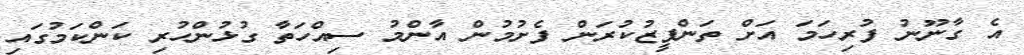
އެ ގާނޫނު ފުރިހަމަ އަށް ތަންފީޒުކުރަން ފެށުމުން އާންމު ސިއްހަތާ ގުޅުންހުރި ކަންކަމުގައި